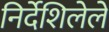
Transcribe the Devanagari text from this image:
निर्देशिलेले